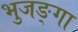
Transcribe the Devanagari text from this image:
भुजङ्गा